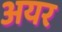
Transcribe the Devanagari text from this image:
अयर